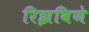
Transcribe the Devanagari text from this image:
रिझविणे